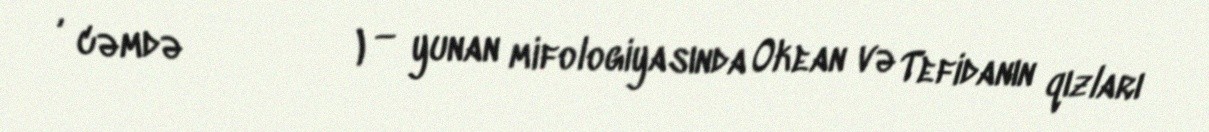
Ὠκεανίδες, cəmdə Ὠκεανίς) — yunan mifologiyasında Okean və Tefidanın qızları